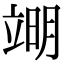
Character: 𮄱